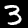
Label: 3